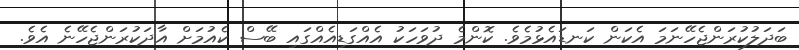
ބަދަލުކުރަންޖެހޭނަމަ އެކަން ކަނޑައެޅުމެވެ. ކޮންމެ ދުވަހަކު އެއްގަޑިއެއްގައި ބޭސް ކެއުމަށް އާދަކުރަންޖެހޭނެ އެވެ.